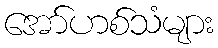
အော်ဟစ်သံများ